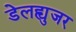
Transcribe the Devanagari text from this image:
डेलह्युजर